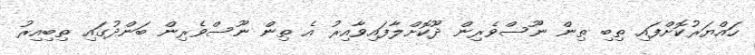
ހައްޔަރުކޮށްފައި ތިބި ތިން ނޫސްވެރިން ދޫކޮށްލާފައިވާއިރު އެ ތިން ނޫސްވެރިން ބަންދުގައި ތިބިއިރު